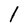
Character: l